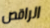
الراقص